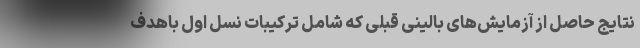
نتایج حاصل از آزمایش‌های بالینی قبلی که شامل ترکیبات نسل اول باهدف